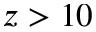
z > 1 0